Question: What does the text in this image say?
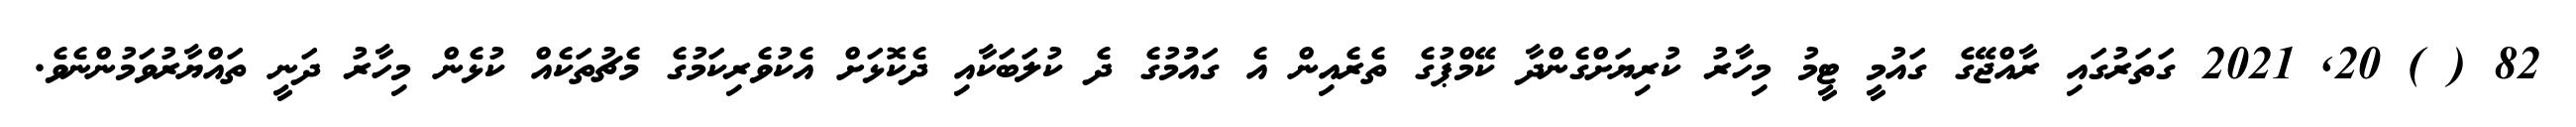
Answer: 82 ( ) 20, 2021 ގަތަރުގައި ރާއްޖޭގެ ގައުމީ ޓީމު މިހާރު ކުރިޔަށްގެންދާ ކޭމްޕުގެ ތެރެއިން އެ ގައުުމުގެ ދެ ކުލަބަކާއި ދެކޮޅަށް އެކުވެރިކަމުގެ މެޗުތަކެއް ކުޅެން މިހާރު ދަނީ ތައްޔާރުވަމުންނެވެ.